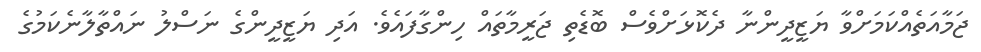
ޖަމާއަތެއްކަމަށްވާ ޔަޒީދީންނާ ދެކޮޅަށްވެސް ބޮޑެތި ޖަރީމާތައް ހިންގާފައެވެ. އަދި ޔަޒީދީންގެ ނަސްލު ނައްތާލާނެކަމުގެ